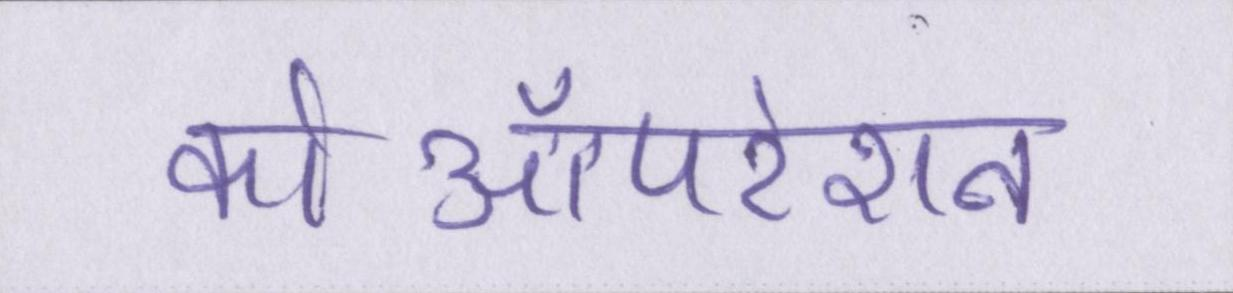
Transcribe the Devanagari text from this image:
कोऑपरेशन